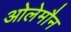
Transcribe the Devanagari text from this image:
ओलेमौन